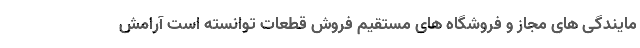
مایندگی های مجاز و فروشگاه های مستقیم فروش قطعات توانسته است آرامش